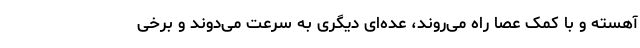
آهسته و با کمک عصا راه می‌روند، عده‌ای دیگری به سرعت می‌دوند و برخی